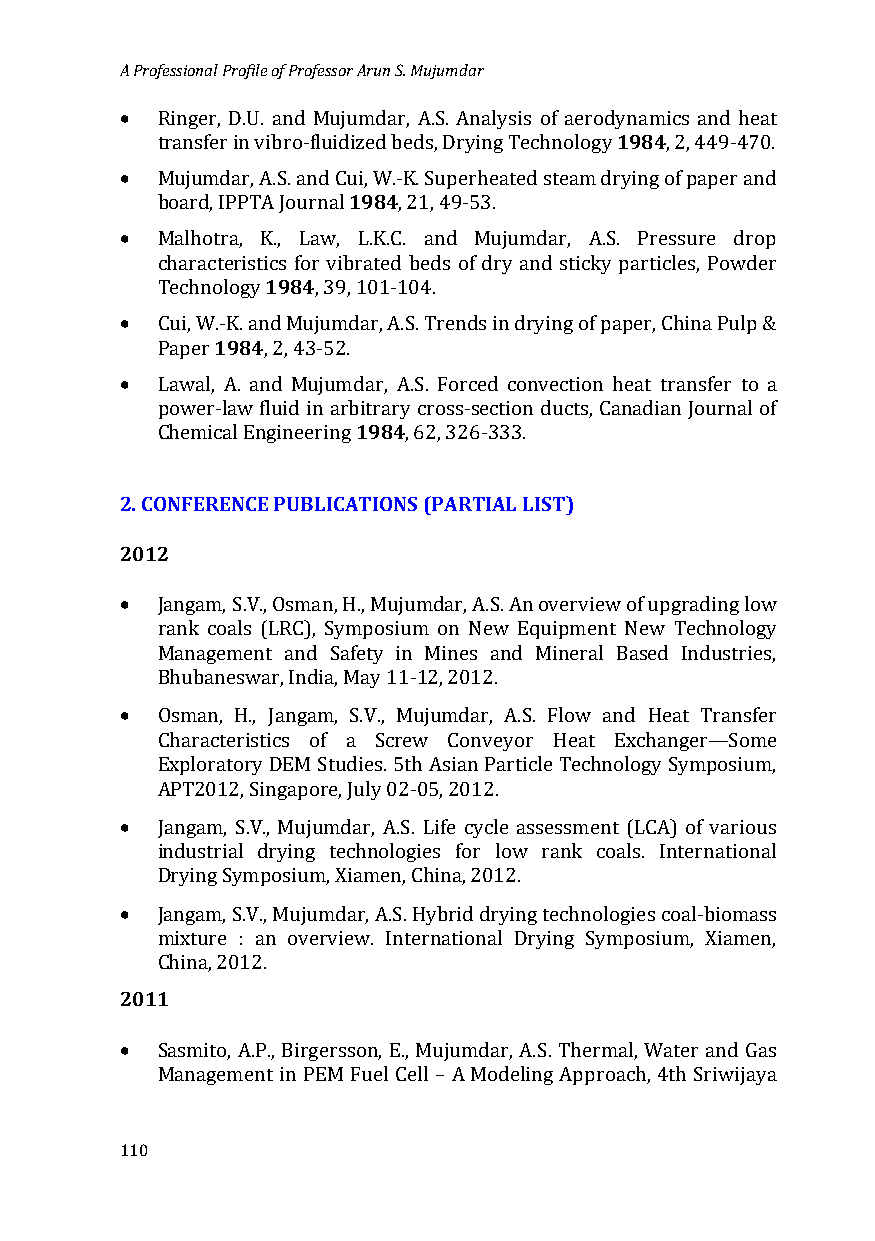
A Professional Profile of Professor Arun S. Mujumdar
 •
 1984
 Ringer, D.U. and Mujumdar, A.S. Analysis of aerodynamics and heat
 •
 transfer in vibro-fluidized beds, Drying Technology , 2, 449-470.
 1984
 Mujumdar, A.S. and Cui, W.-K. Superheated steam drying of paper and
 •
 board, IPPTA Journal , 21, 49-53.
 Malhotra, K1.,9 8L4aw, L.K.C. and Mujumdar, A.S. Pressure drop
 characteristics for vibrated beds of dry and sticky particles, Powder
 •
 Technology , 39, 101-104.
 1984
 Cui, W.-K. and Mujumdar, A.S. Trends in drying of paper, China Pulp &
 •
 Paper  , 2, 43-52.
 Lawal, A. and Mujumd1a9r8, 4A.S. Forced convection heat transfer to a
 power-law fluid in arbitrary cross-section ducts, Canadian Journal of
 Chemical Engineering , 62, 326-333.
 2. CONFERENCE PUBLICATIONS (PARTIAL LIST)
 2012
 •
 Jangam, S.V., Osman, H., Mujumdar, A.S. An overview of upgrading low
 rank coals (LRC), Symposium on New Equipment New Technology
 Management and Safety in Mines and Mineral Based Industries,
 •
 Bhubaneswar, India, May 11-12, 2012.
 Osman, H., Jangam, S.V., Mujumdar, A.S. Flow and Heat Transfer
 Characteristics of a Screw Conveyor Heat Exchanger—Some
 Exploratory DEM Studies. 5th Asian Particle Technology Symposium,
 •
 APT2012, Singapore, July 02-05, 2012.
 Jangam, S.V., Mujumdar, A.S. Life cycle assessment (LCA) of various
 industrial drying technologies for low rank coals. International
 •
 Drying Symposium, Xiamen, China, 2012.
 Jangam, S.V., Mujumdar, A.S. Hybrid drying technologies coal-biomass
 mixture : an overview. International Drying Symposium, Xiamen,
 2011
 China, 2012.
 •
 Sasmito, A.P., Birgersson, E., Mujumdar, A.S. Thermal, Water and Gas
 Management in PEM Fuel Cell – A Modeling Approach, 4th Sriwijaya
 110